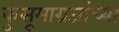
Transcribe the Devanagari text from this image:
कुसूमाग्रजांच्‍या